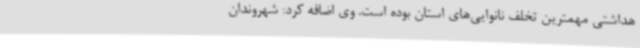
هداشتی مهمترین تخلف نانوایی‌های استان بوده است. وی اضافه کرد: شهروندان